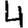
Digit: 4